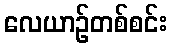
လေယာဉ်တစ်စင်း